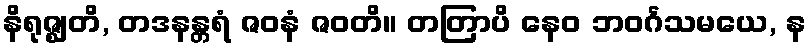
နိရုဇ္ဈတိ, တဒနန္တရံ ဇဝနံ ဇဝတိ။ တတြာပိ နေဝ ဘဝင်္ဂသမယေ, န